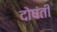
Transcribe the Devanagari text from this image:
दोषंती